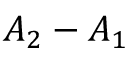
A _ { 2 } - A _ { 1 }